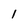
Character: 1